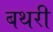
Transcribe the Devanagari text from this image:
बथरी